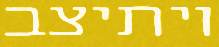
ויתיצב